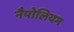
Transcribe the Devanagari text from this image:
नैपोलियम